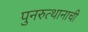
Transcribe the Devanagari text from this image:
पुनरुत्थानाची